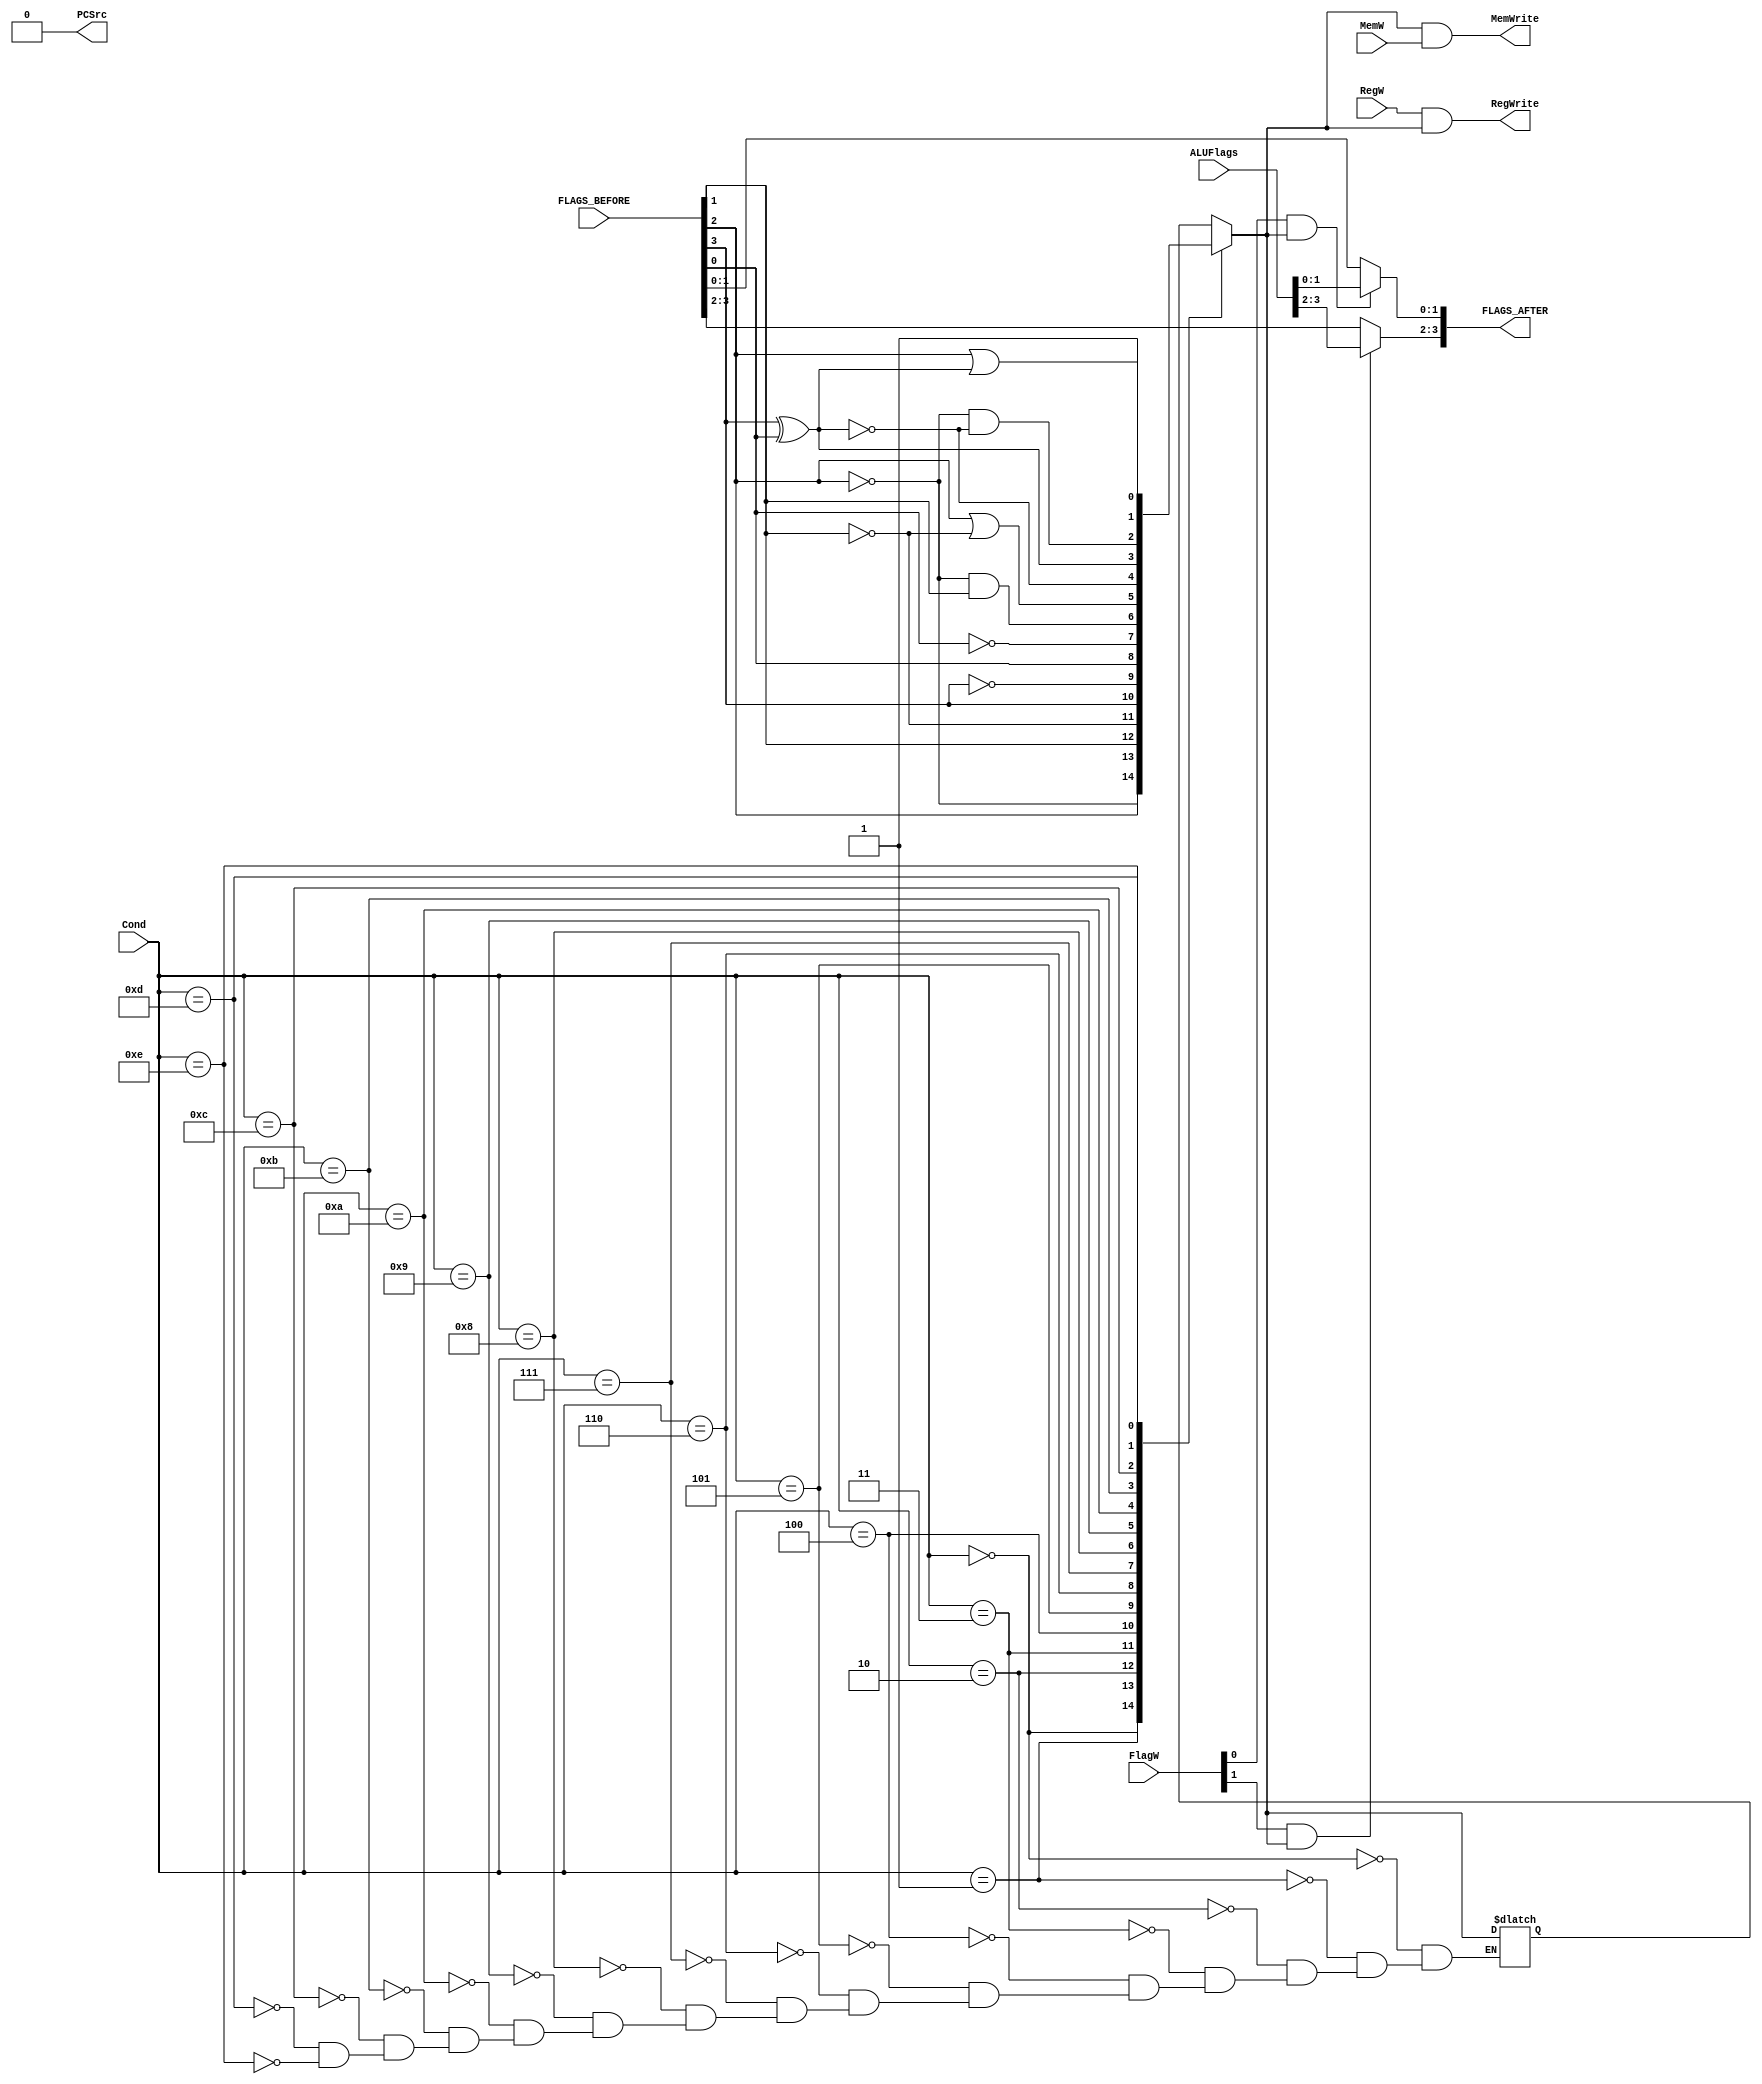
module ConditionalLogicUnit(	FlagW,
										RegWrite,
										MemWrite,
										PCSrc,
										RegW,
										MemW,
										Cond,
										ALUFlags,
										FLAGS_BEFORE,
										FLAGS_AFTER);

input [1:0] FlagW;

input [3:0] ALUFlags, Cond, FLAGS_BEFORE;
									
input RegW,MemW;

reg CondEx=0;

reg [1:0] FlagWrite=2'b00;

output reg [3:0] FLAGS_AFTER=4'd0;

output reg 	RegWrite=0,
				MemWrite=0,
				PCSrc=0;

always @ (*) begin

	case(Cond)		// List is given in Single Cycle Lecture notes Page54, Condition Mnemonics.
		
		4'b0000: CondEx=FLAGS_BEFORE[2];//EQUAL
		
		4'b0001: CondEx=~FLAGS_BEFORE[2];//NOT EQUAL
		
		4'b0010: CondEx=FLAGS_BEFORE[1];//Unsigned higher or same
		
		4'b0011: CondEx=~FLAGS_BEFORE[1];//Unsigned lower
		
		4'b0100: CondEx=FLAGS_BEFORE[3];//Negative
		
		4'b0101: CondEx=~FLAGS_BEFORE[3];//Positive or zero
		
		4'b0110: CondEx=FLAGS_BEFORE[0];//Overflow
		
		4'b0111: CondEx=~FLAGS_BEFORE[0];//No overflow
		
		4'b1000: CondEx=~FLAGS_BEFORE[2]&FLAGS_BEFORE[1];//Unsigned higher
		
		4'b1001: CondEx=FLAGS_BEFORE[2]|~FLAGS_BEFORE[1];//Unsigned lower or same
		
		4'b1010: CondEx=~(FLAGS_BEFORE[3]^FLAGS_BEFORE[0]);//Signed greater than or equal
		
		4'b1011: CondEx=FLAGS_BEFORE[3]^FLAGS_BEFORE[0];//Signed less than
		
		4'b1100: CondEx=(~FLAGS_BEFORE[2])&(~(FLAGS_BEFORE[3]^FLAGS_BEFORE[0]));//Signed greater than
		
		4'b1101: CondEx=FLAGS_BEFORE[2]|(FLAGS_BEFORE[3]^FLAGS_BEFORE[0]);//Signed less than or equal
		
		4'b1110: CondEx=1;//Always,Unconditional
		
	endcase
	
	FlagWrite[0] = FlagW[0] & CondEx;
	
	FlagWrite[1] = FlagW[1] & CondEx;
	
	PCSrc=0;
	
	RegWrite = RegW & CondEx;
	
	MemWrite = CondEx & MemW;
	

	if(FlagWrite[1])	FLAGS_AFTER[3:2]=ALUFlags[3:2];	// Flags will be updated.
		
	else	FLAGS_AFTER[3:2]=FLAGS_BEFORE[3:2];				// SAME AS  BEFORE
		
	if(FlagWrite[0])	FLAGS_AFTER[1:0]=ALUFlags[1:0];	// Flags will be updated.
		
	else	FLAGS_AFTER[1:0]=FLAGS_BEFORE[1:0];				// SAME AS  BEFORE
		
end

endmodule